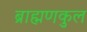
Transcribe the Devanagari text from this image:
ब्राह्मणकुल